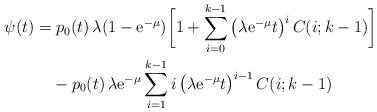
LaTeX: \begin{align*} \psi(t)= & \; p_0(t)\,\lambda(1-{\rm e}^{-\mu}) \bigg[1+ \sum_{i=0}^{k-1} \left(\lambda{\rm e}^{-\mu}t\right)^i C(i;k-1)\bigg] \\ &-p_0(t)\, \lambda {\rm e}^{-\mu} \sum_{i=1}^{k-1}i \left(\lambda{\rm e}^{-\mu}t\right)^{i-1} C(i;k-1)\end{align*}